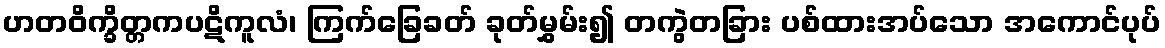
ဟတဝိက္ခိတ္တကပဋိကူလံ၊ ကြက်ခြေခတ် ခုတ်မွှမ်း၍ တကွဲတခြား ပစ်ထားအပ်သော အကောင်ပုပ်